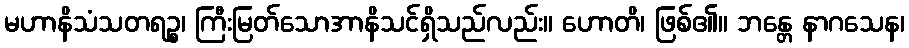
မဟာနိသံသတရဉ္စ၊ ကြီးမြတ်သောအာနိသင်ရှိသည်လည်း။ ဟောတိ၊ ဖြစ်၏။ ဘန္တေ နာဂသေန၊